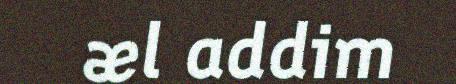
æl addim